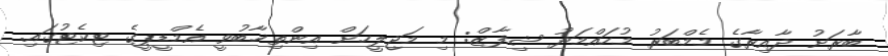
ބާރަށު ދާއިރާގެ މެމްބަރު މުހައްމަދު ޝިފާޒް: މި މަޖިލީހަށް އިންތިޚާބުވީ އެމްޑީޕީގެ ޓިކެޓުގައި.